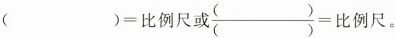
( )=比例尺或 \frac { （）} {（） }=比例尺。